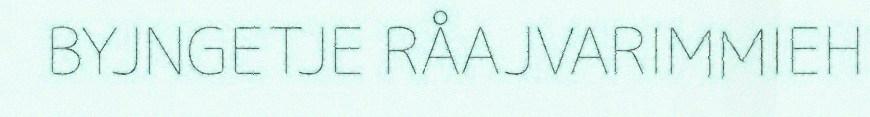
BYJNGETJE RÅAJVARIMMIEH